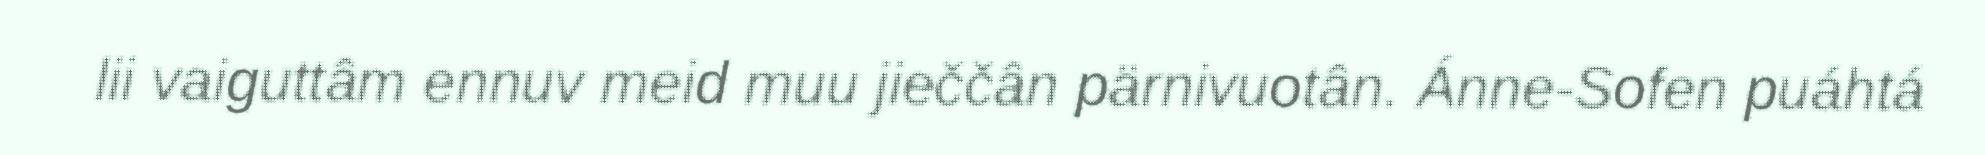
lii vaiguttâm ennuv meid muu jieččân pärnivuotân. Ánne-Sofen puáhtá